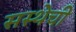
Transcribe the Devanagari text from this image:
सस्थेची